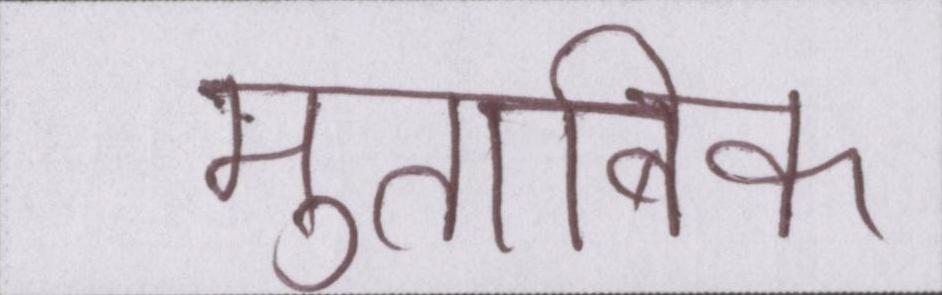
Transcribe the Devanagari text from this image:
मुताबिक